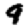
Digit: 9